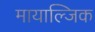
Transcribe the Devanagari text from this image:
मायाल्जिक